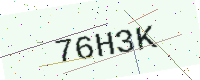
Text: 76H3K